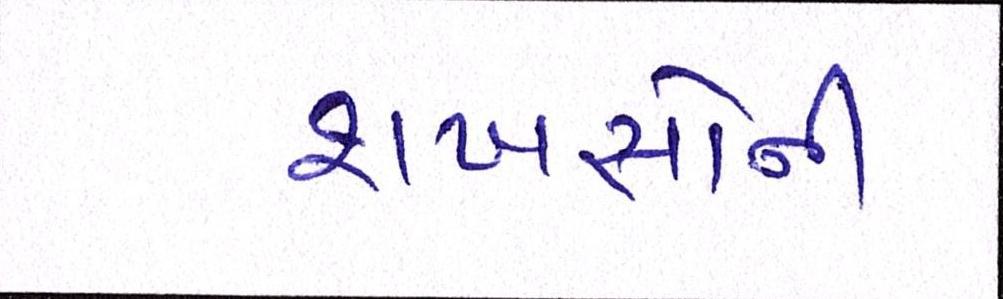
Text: શખસોની